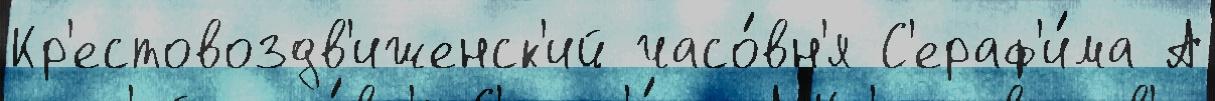
Кр'естовоздв'иженск'ий часо́вн'я С'ераф'и́ма А